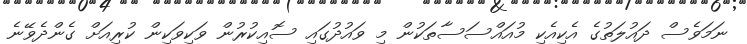
ނަމަވެސް ދައުލަތުގެ އެކިއެކި މުއައްސަސާތަކުން މި ވައުދުގައި ސޮއިކުރުން ވަކިވަކިން ކުރިއަށް ގެންދެވޭނެ